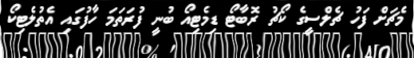
މެޗަށް ފަހު ޗެލްސީގެ ކޯޗު ރޮބާޓޯ ޑިމެޓިއޯ ބުނީ ފުރަތަމަ ހާފުގައި އެތުލެޓިކޯ